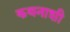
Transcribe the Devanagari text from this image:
कथनाशी